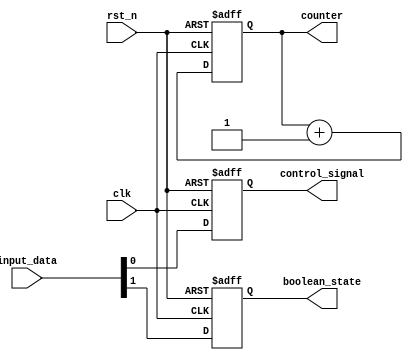
module default_state_initialization (
    input wire clk,           // Clock signal
    input wire rst_n,        // Active low reset signal
    input wire [7:0] input_data, // Example input data
    output reg [7:0] counter, // Example counter state variable
    output reg control_signal, // Example control signal
    output reg boolean_state   // Example boolean state variable
);

// Default values
localparam DEFAULT_COUNTER = 8'b00000000; // Default value for counter
localparam DEFAULT_CONTROL_SIGNAL = 1'b0; // Default value for control signal
localparam DEFAULT_BOOLEAN_STATE = 1'b0;  // Default value for boolean state

// Always block for state initialization
always @(posedge clk or negedge rst_n) begin
    if (!rst_n) begin
        // Reset state variables to default values
        counter <= DEFAULT_COUNTER;
        control_signal <= DEFAULT_CONTROL_SIGNAL;
        boolean_state <= DEFAULT_BOOLEAN_STATE;
    end else begin
        // Behavioral logic for updating state variables
        // Example: Increment counter and update control signal based on input_data
        counter <= counter + 1; // Increment counter
        control_signal <= input_data[0]; // Example control signal logic
        boolean_state <= (input_data[1] == 1'b1); // Example boolean state logic
    end
end

endmodule